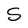
Character: S